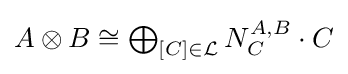
{\textstyle A\otimes B\cong \bigoplus _{[C]\in {\mathcal {L}}}N_{C}^{A,B}\cdot C}